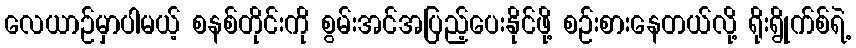
လေယာဉ်မှာပါမယ့် စနစ်တိုင်းကို စွမ်းအင်အပြည့်ပေးနိုင်ဖို့ စဉ်းစားနေတယ်လို့ ရိုးရွိုက်စ်ရဲ့